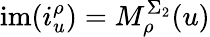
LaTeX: \mathrm{im}(i_{u}^{\rho})=M_{\rho}^{\Sigma_{2}}(u)